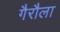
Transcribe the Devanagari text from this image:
गैरौला